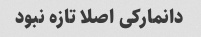
دانمارکی اصلا تازه نبود